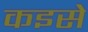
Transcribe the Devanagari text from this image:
कइसे